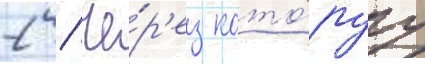
2 / че́р'ез кото́руу